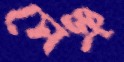
সেঞ্